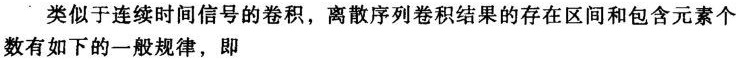
类似于连续时间信号的卷积，离散序列卷积结果的存在区间和包含元素个数有如下的一般规律，即